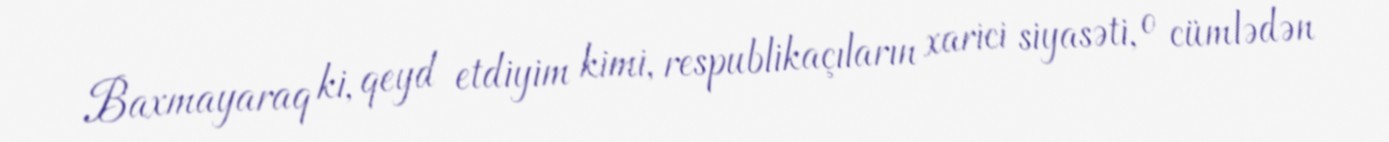
Baxmayaraq ki, qeyd etdiyim kimi, respublikaçıların xarici siyasəti, o cümlədən